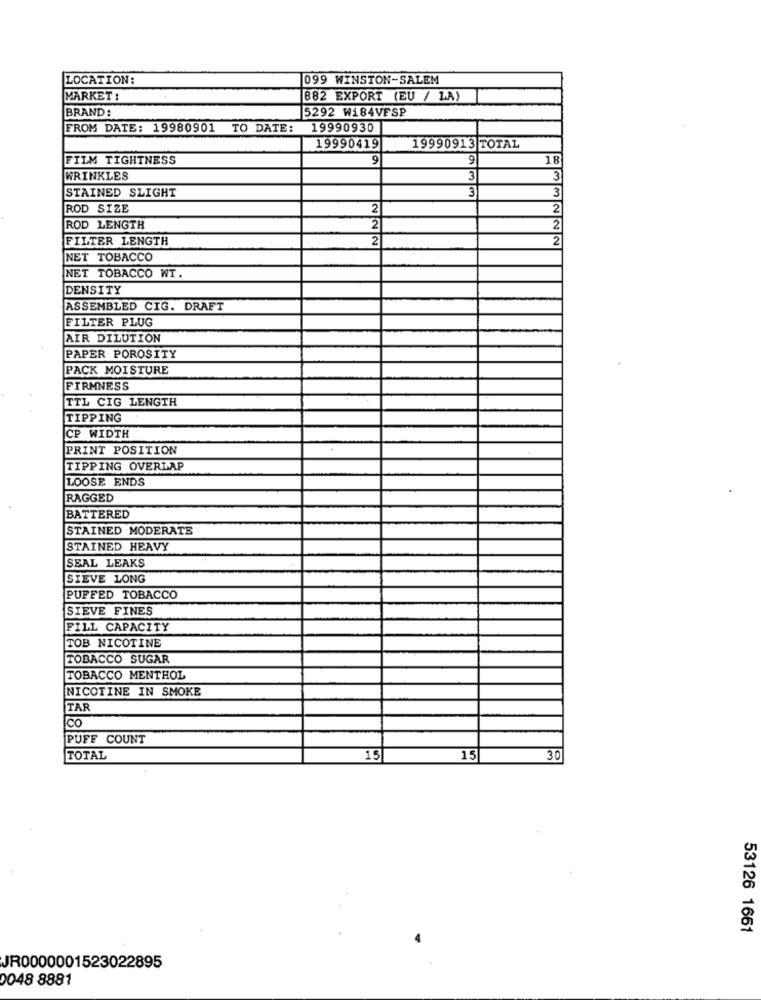
LOCATION:
099 WINSTON-SALEM
MARKET :
882 EXPORT (EU / LA)
BRAND:
5292 Wi84VESP
FROM DATE: 19980901 TO DATE:
19990930
19990419
19990913 TOTAL
FILM TIGHTNESS
9
9
18
WRINKLES
3
3
3
3
STAINED SLIGHT
ROD SIZE
2
2
ROD LENGTH
2
2
FILTER LENGTH
2
2
NET TOBACCO
NET TOBACCO WT.
DENSITY
ASSEMBLED CIG. DRAFT
FILTER PLUG
AIR DILUTION
PAPER POROSITY
PACK MOISTURE
FIRMNESS
TTL CIG LENGTH
TIPPING
CP WIDTH
PRINT POSITION
TIPPING OVERLAP
LOOSE ENDS
RAGGED
BATTERED
STAINED MODERATE
STAINED HEAVY
SEAL LEAKS
SIEVE LONG
PUFFED TOBACCO
SIEVE FINES
FILL CAPACITY
TOB NICOTINE
TOBACCO SUGAR
TOBACCO MENTHOL
NICOTINE IN SMOKE
TAR
Co
PUFF COUNT
TOTAL
15
15
30
53126 1661
JR0000001523022895
0048 8881